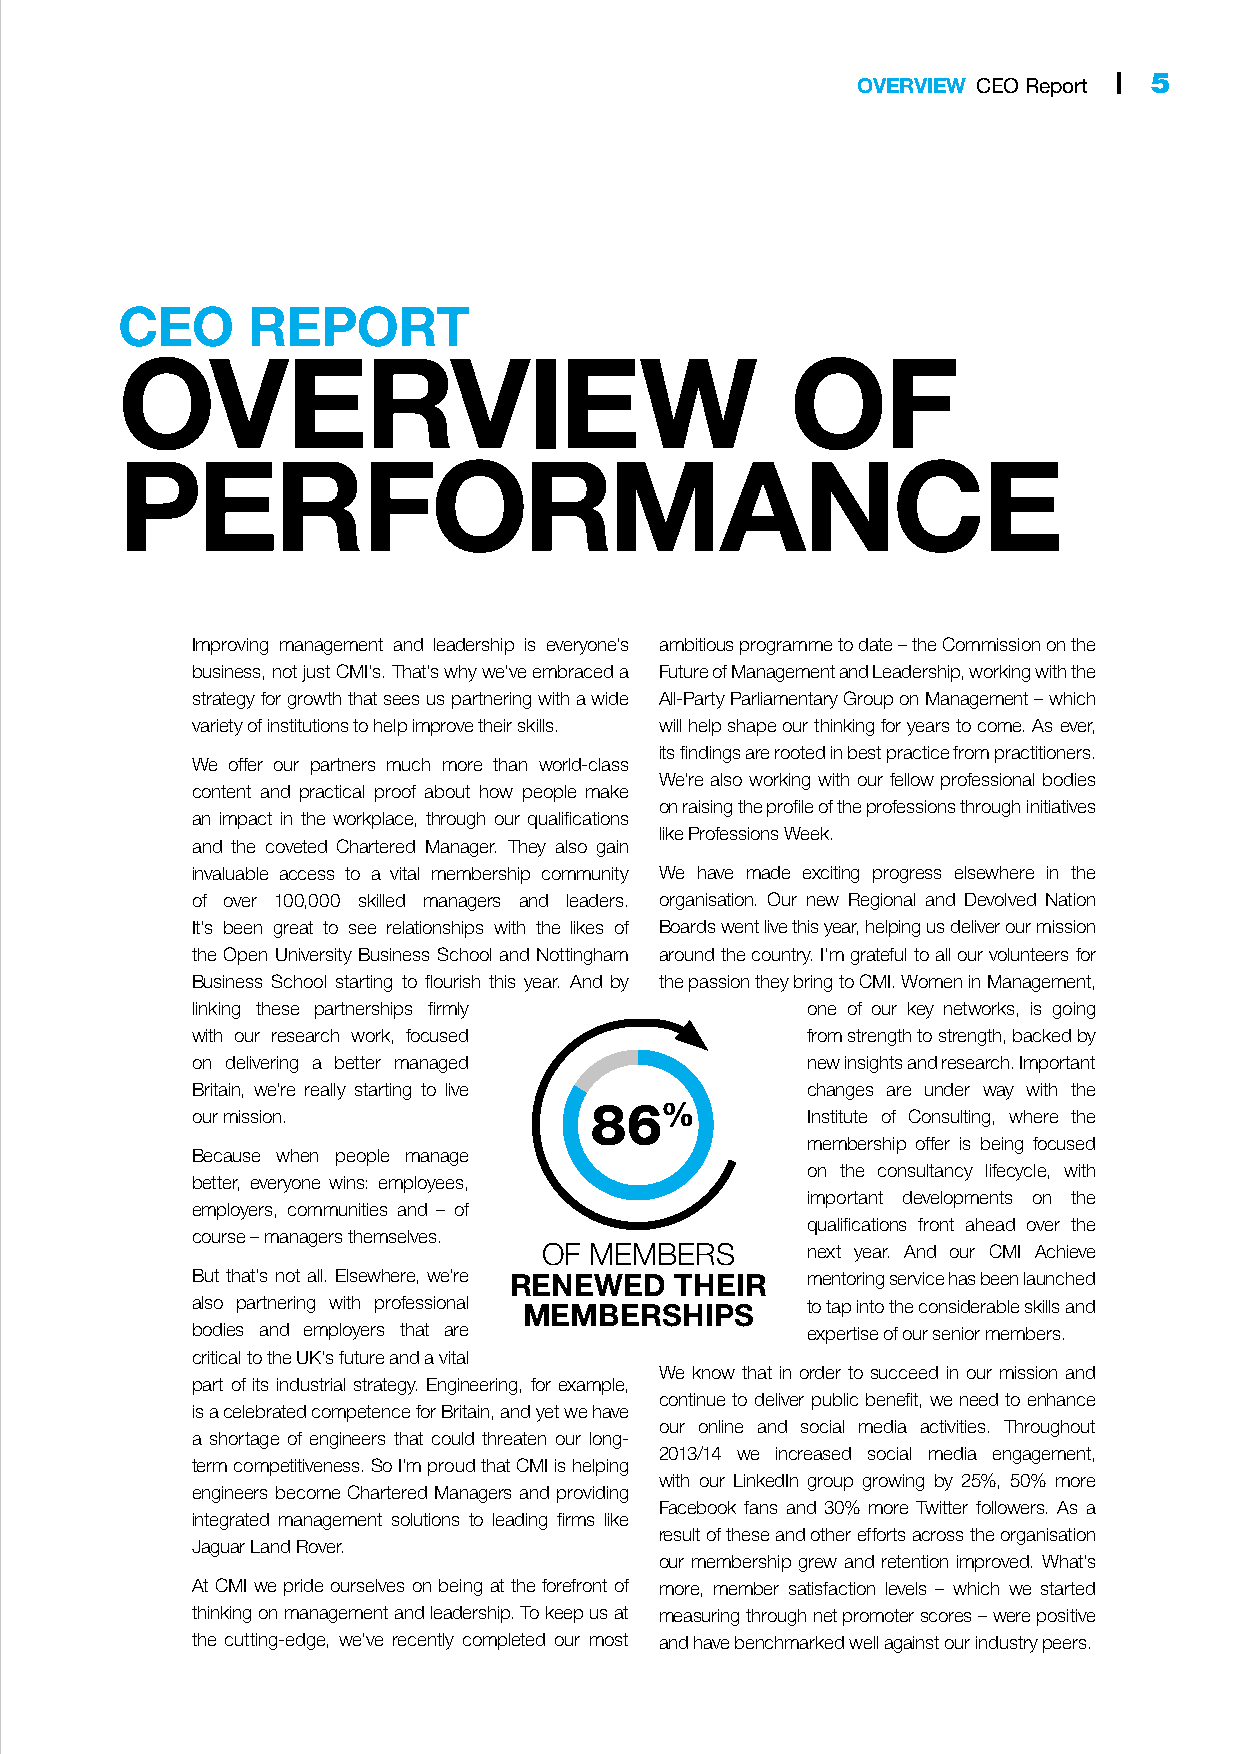
OVERVIEW CEO Report | 5
 CEO     REPORT
 OVERVIEW                                    OF
 PERFORMANCE
 Improving management and leadership is everyone’s ambitious programme to date – the Commission on the
 business, not just CMI’s. That’s why we’ve embraced a Future of Management and Leadership, working with the
 strategy for growth that sees us partnering with a wide All-Party Parliamentary Group on Management – which
 variety of institutions to help improve their skills. will help shape our thinking for years to come. As ever,
 its findings are rooted in best practice from practitioners.
 We offer our partners much more than world-class
 We’re also working with our fellow professional bodies
 content and practical proof about how people make
 on raising the profile of the professions through initiatives
 an impact in the workplace, through our qualifications
 like Professions Week.
 and the coveted Chartered Manager. They also gain
 invaluable access to a vital membership community We have made exciting progress elsewhere in the
 of over 100,000 skilled managers and leaders. organisation. Our new Regional and Devolved Nation
 It’s been great to see relationships with the likes of Boards went live this year, helping us deliver our mission
 the Open University Business School and Nottingham around the country. I’m grateful to all our volunteers for
 Business School starting to flourish this year. And by the passion they bring to CMI. Women in Management,
 linking these partnerships firmly       one of our key networks, is going
 with our research work, focused         from strength to strength, backed by
 on delivering a better managed          new insights and research. Important
 Britain, we’re really starting to live  changes are under way with the
 86%
 our mission.                            Institute of Consulting, where the
 membership offer is being focused
 Because when people manage
 on the consultancy lifecycle, with
 better, everyone wins: employees,
 important developments on the
 employers, communities and – of
 qualifications front ahead over the
 course – managers themselves.
 OF MEMBERS       next year. And our CMI Achieve
 But that’s not all. Elsewhere, we’re RENEWED THEIR mentoring service has been launched
 also partnering with professional MEMBERSHIPS to tap into the considerable skills and
 bodies and employers that are           expertise of our senior members.
 critical to the UK’s future and a vital
 We know that in order to succeed in our mission and
 part of its industrial strategy. Engineering, for example,
 continue to deliver public benefit, we need to enhance
 is a celebrated competence for Britain, and yet we have
 our online and social media activities. Throughout
 a shortage of engineers that could threaten our long-
 2013/14 we increased social media engagement,
 term competitiveness. So I’m proud that CMI is helping
 with our LinkedIn group growing by 25%, 50% more
 engineers become Chartered Managers and providing
 Facebook fans and 30% more Twitter followers. As a
 integrated management solutions to leading firms like
 result of these and other efforts across the organisation
 Jaguar Land Rover.
 our membership grew and retention improved. What’s
 At CMI we pride ourselves on being at the forefront of more, member satisfaction levels – which we started
 thinking on management and leadership. To keep us at measuring through net promoter scores – were positive
 the cutting-edge, we’ve recently completed our most and have benchmarked well against our industry peers.